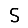
Digit: 5